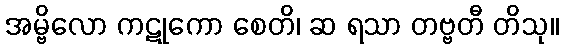
အမ္ဗိလော ကဋုကော စေတိ၊ ဆ ရသာ တဗ္ဗတီ တိသု။